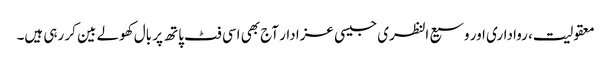
معقولیت، رواداری اور وسیع النظری جیسی عزا دار آج بھی اسی فٹ پاتھ پر بال کھولے بین کر رہی ہیں۔